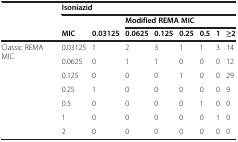
<table><thead><tr><td></td><td colspan="8"><b>Isoniazid</b></td></tr><tr><td></td><td></td><td></td><td colspan="6"><b>Modified REMA MIC</b></td></tr><tr><td></td><td><b>MIC</b></td><td><b>0.03125</b></td><td><b>0.0625</b></td><td><b>0.125</b></td><td><b>0.25</b></td><td><b>0.5</b></td><td><b>1</b></td><td><b>≥2</b></td></tr></thead><tbody><tr><td rowspan="7">Classic REMA MIC</td><td>0.03125</td><td>1</td><td>2</td><td>3</td><td>1</td><td>1</td><td>3</td><td>14</td></tr><tr><td>0.0625</td><td>0</td><td>1</td><td>1</td><td>0</td><td>0</td><td>0</td><td>12</td></tr><tr><td>0.125</td><td>0</td><td>0</td><td>0</td><td>1</td><td>0</td><td>0</td><td>29</td></tr><tr><td>0.25</td><td>1</td><td>0</td><td>0</td><td>0</td><td>0</td><td>0</td><td>9</td></tr><tr><td>0.5</td><td>0</td><td>0</td><td>0</td><td>0</td><td>1</td><td>0</td><td>0</td></tr><tr><td>1</td><td>0</td><td>0</td><td>0</td><td>0</td><td>0</td><td>1</td><td>0</td></tr><tr><td>2</td><td>0</td><td>0</td><td>0</td><td>0</td><td>0</td><td>0</td><td>0</td></tr></tbody></table>